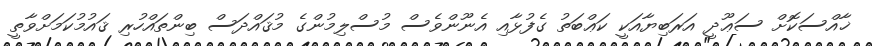
ޚާއްސަކޮށް ސަޢޫދީ އަރަބިޔާއަކީ ކަޢްބަތު ގެފުޅާއި އެނޫންވެސް މުސްލިމުންގެ މުޤައްދަސް ބިންތައްހުރި ޤައުމުކަމަށްވާތީ